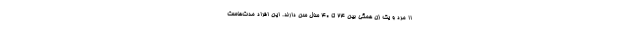
۱۱ مرد و یک زن همگی بین ۲۴ تا ۴۰ سال سن دارند. این افراد مدت‌هاست